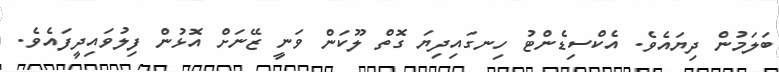
ބަލަމުން ދިޔައެވެ. އެކްސިޑެންޓު ހިނގައިދިޔަ ގޮތް ލޫކަން ވަނީ ޒޭނަށް އޮޅުން ފިލުވައިދީފައެވެ.